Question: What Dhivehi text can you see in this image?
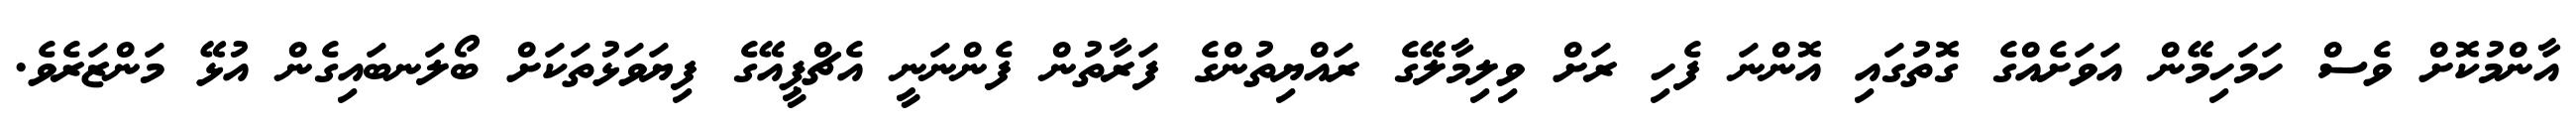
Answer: އާންމުކޮށް ވެސް ހަމަހިމޭން އަވަށެއްގެ ގޮތުގައި އޮންނަ ފެހި ރަށް ވިލިމާލޭގެ ރައްޔިތުންގެ ފަރާތުން ފެންނަނީ އެޗްޕީއޭގެ ފިޔަވަޅުތަކަށް ބޯލަނބައިގެން އުޅޭ މަންޒަރެވެ.